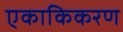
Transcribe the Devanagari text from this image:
एकाकिकरण